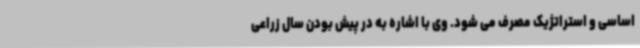
اساسی و استراتژیک مصرف می شود. وی با اشاره به در پیش بودن سال زراعی